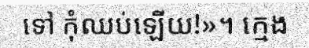
ទៅ កុំឈប់ឡើយ!»។ ក្មេង